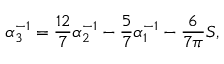
\alpha _ { 3 } ^ { - 1 } = \frac { 1 2 } { 7 } \alpha _ { 2 } ^ { - 1 } - \frac { 5 } { 7 } \alpha _ { 1 } ^ { - 1 } - \frac { 6 } { 7 \pi } S ,